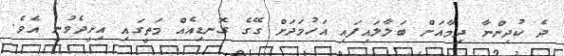
ދެ ކުދިންނާ ދިމާއަށް ބަލާލައިފައި އަހުމަދަށް ގޭގެ ގޮނޑިއެއް މަތީގައި އިށީދެވުނީ އެވެ.